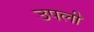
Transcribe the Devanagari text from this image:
उपली